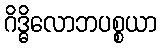
ဂိဒ္ဓိလောဘပစ္စယာ